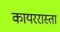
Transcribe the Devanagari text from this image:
कायररास्ता